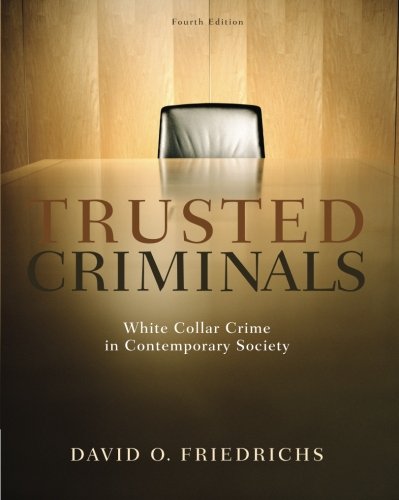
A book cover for Trusted Criminals: White Collar Crime In Contemporary Society; David O. Friedrichs; Law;